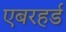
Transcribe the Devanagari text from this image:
एबरहर्ड